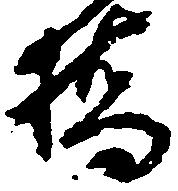
橋